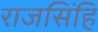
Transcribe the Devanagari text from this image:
राजसिंहि